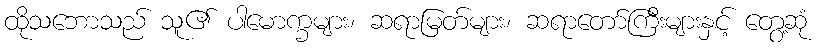
ထိုသဘောသည် သူ၏ ပါမောက္ခများ၊ ဆရာမြတ်များ၊ ဆရာတော်ကြီးများနှင့် တွေ့ဆုံ